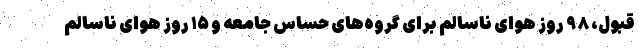
قبول، ۹۸ روز هوای ناسالم برای گروه‌های حساس جامعه و ۱۵ روز هوای ناسالم